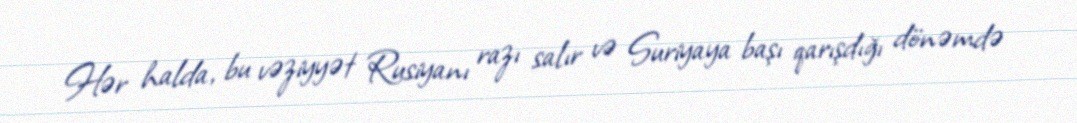
Hər halda, bu vəziyyət Rusiyanı razı salır və Suriyaya başı qarışdığı dönəmdə